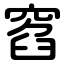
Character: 窞